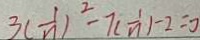
3 ( \frac { 1 } { n } ) ^ { 2 } - 7 ( \frac { 1 } { n } ) - 2 = 0